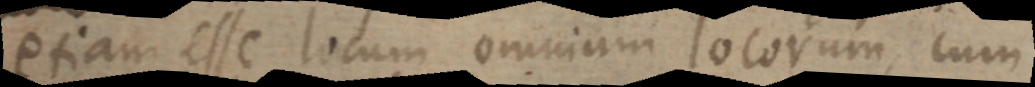
etiam esse locum omnium locorum, cum